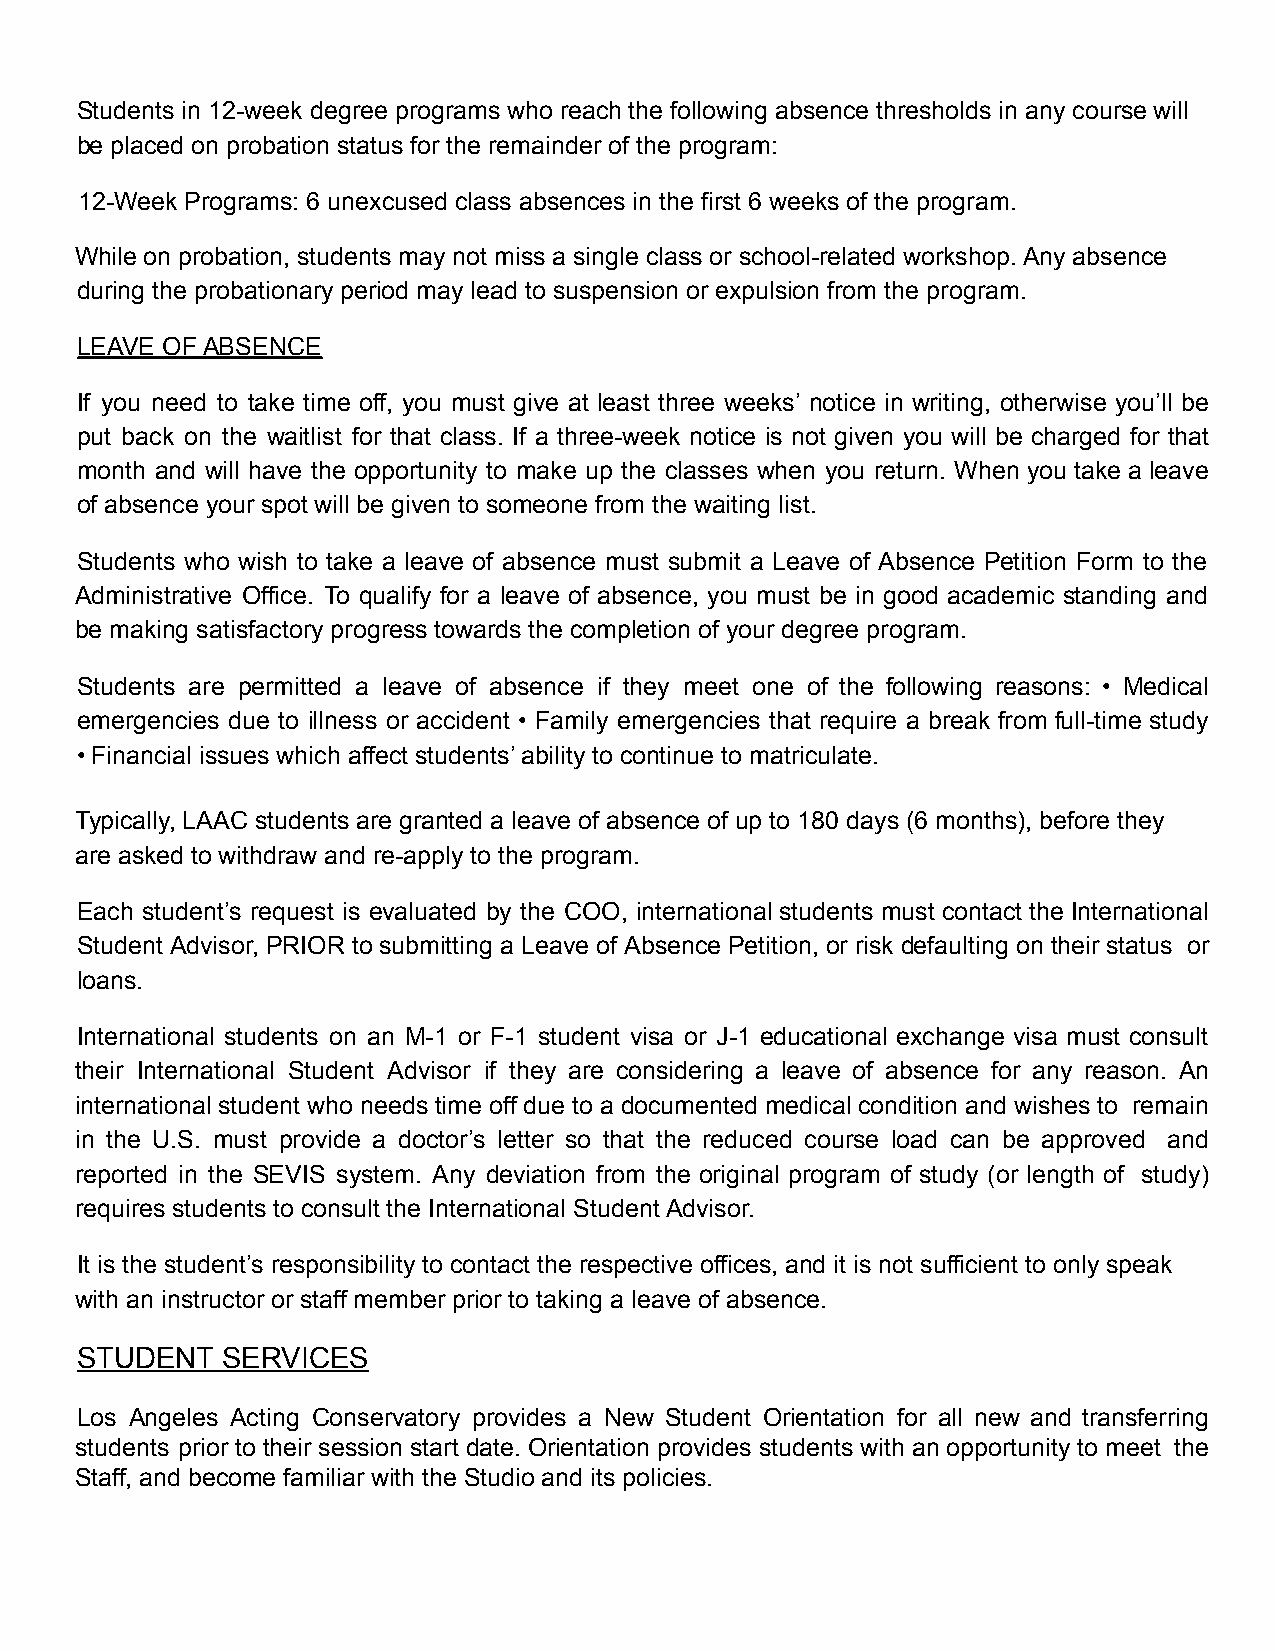
Students in 12-week degree programs who reach the following absence thresholds in any course will
 be placed on probation status for the remainder of the program:
 12-Week Programs: 6 unexcused class absences in the first 6 weeks of the program.
 While on probation, students may not miss a single class or school-related workshop. Any absence
 during the probationary period may lead to suspension or expulsion from the program.
 LEAVE OF ABSENCE
 If you need to take time off, you must give at least three weeks’ notice in writing, otherwise you’ll be
 put back on the waitlist for that class. If a three-week notice is not given you will be charged for that
 month and will have the opportunity to make up the classes when you return. When you take a leave
 of absence your spot will be given to someone from the waiting list.
 Students who wish to take a leave of absence must submit a Leave of Absence Petition Form to the
 Administrative Office. To qualify for a leave of absence, you must be in good academic standing and
 be making satisfactory progress towards the completion of your degree program.
 Students are permitted a leave of absence if they meet one of the following reasons: • Medical
 emergencies due to illness or accident • Family emergencies that require a break from full-time study
 • Financial issues which affect students’ ability to continue to matriculate.
 Typically, LAAC students are granted a leave of absence of up to 180 days (6 months), before they
 are asked to withdraw and re-apply to the program.
 Each student’s request is evaluated by the COO, international students must contact the International
 Student Advisor, PRIOR to submitting a Leave of Absence Petition, or risk defaulting on their status or
 loans.
 International students on an M-1 or F-1 student visa or J-1 educational exchange visa must consult
 their International Student Advisor if they are considering a leave of absence for any reason. An
 international student who needs time off due to a documented medical condition and wishes to remain
 in the U.S. must provide a doctor’s letter so that the reduced course load can be approved and
 reported in the SEVIS system. Any deviation from the original program of study (or length of study)
 requires students to consult the International Student Advisor.
 It is the student’s responsibility to contact the respective offices, and it is not sufficient to only speak
 with an instructor or staff member prior to taking a leave of absence.
 STUDENT   SERVICES
 Los Angeles Acting Conservatory provides a New Student Orientation for all new and transferring
 students prior to their session start date. Orientation provides students with an opportunity to meet the
 Staff, and become familiar with the Studio and its policies.